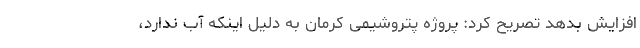
افزایش بدهد تصریح کرد: پروژه پتروشیمی کرمان به دلیل اینکه آب ندارد،